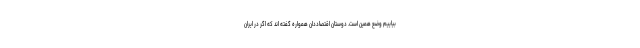
بیاییم وضع همین است. دوستان اقتصاددان همواره گفته اند که اگر در ایران